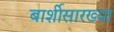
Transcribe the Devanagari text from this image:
बार्शीसारख्या